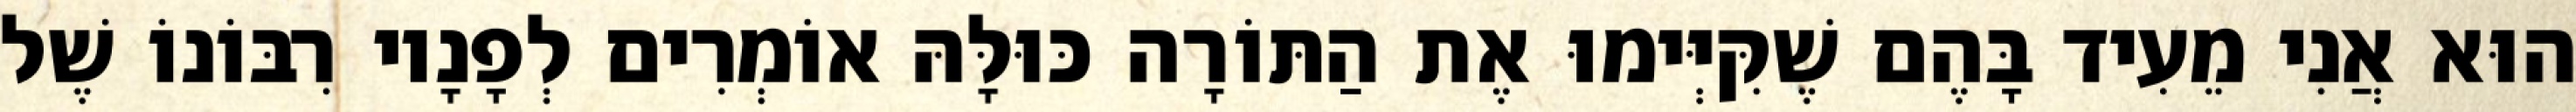
הוּא אֲנִי מֵעִיד בָּהֶם שֶׁקִּיְּימוּ אֶת הַתּוֹרָה כּוּלָּהּ אוֹמְרִים לְפָנָיו רִבּוֹנוֹ שֶׁל